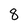
Character: 8